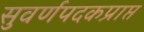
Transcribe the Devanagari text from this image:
सुवर्णपदकप्राप्त